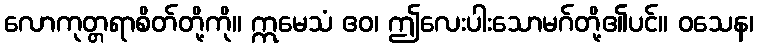
လောကုတ္တရာစိတ်တို့ကို။ ဣမေသံ ဧဝ၊ ဤလေးပါးသောမဂ်တို့၏ပင်။ ဝသေန၊